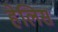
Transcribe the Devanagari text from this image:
हेलिस